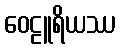
ဝေဠူရိယဿ